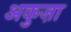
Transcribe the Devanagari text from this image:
अकुज़ा